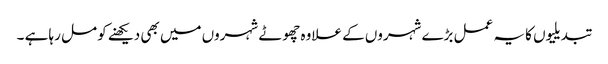
تبدیلیوں کا یہ عمل بڑے شہروں کے علاوہ چھوٹے شہروں میں بھی دیکھنے کو مل رہا ہے ۔